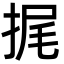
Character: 捤